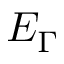
E _ { \Gamma }